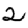
Digit: 2